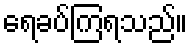
ရေခပ်ကြရသည်။